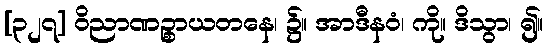
[၃၂၇] ဝိညာဏဉ္စာယတနေ၊ ၌။ အာဒီနဝံ၊ ကို။ ဒိသွာ၊ ၍။